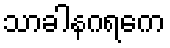
သာခါနဂရကေ